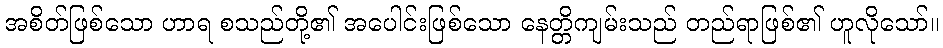
အစိတ်ဖြစ်သော ဟာရ စသည်တို့၏ အပေါင်းဖြစ်သော နေတ္တိကျမ်းသည် တည်ရာဖြစ်၏ ဟူလိုသော်။